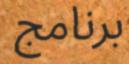
برنامج